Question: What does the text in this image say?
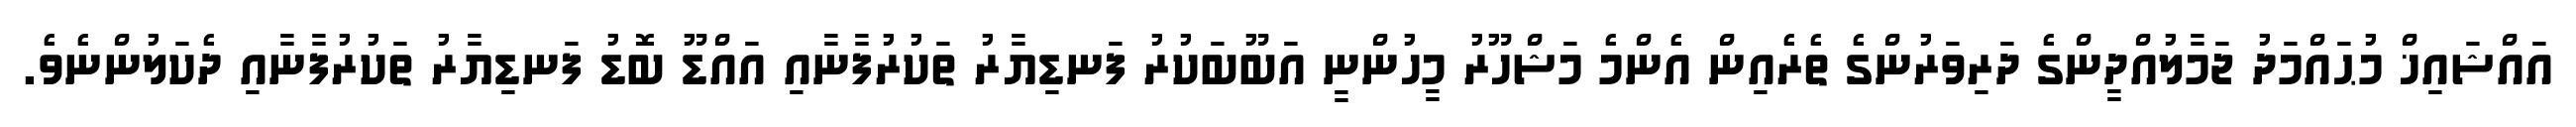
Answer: އައްޝައިޚް މުޙައްމަދު ޖަމާލުއްދީންގެ ދަރިވަރުންގެ ތެރެއިން އެންމެ މަޝްހޫރު މީހުންނީ އަބޫބަކުރު ފަނޑިޔާރު ތަކުރުފާނާއި އައްޑޫ ބޮޑު ފަނޑިޔާރު ތަކުރުފާނާއި ދެކަލުންނެވެ.